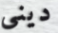
ديني